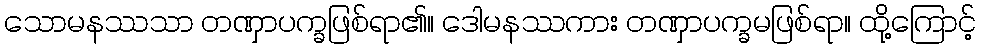
သောမနဿသာ တဏှာပက္ခဖြစ်ရာ၏။ ဒေါမနဿကား တဏှာပက္ခမဖြစ်ရာ။ ထို့ကြောင့်